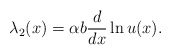
\begin{align*}\lambda_2(x)=\alpha b{d\over dx}\ln u(x).\end{align*}